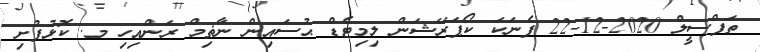
ތަފްސީލް 2020-12-22 ފެނަކަ ކޯޕަރޭޝަން ލިމިޓެޑް ޙުސައިން ނާޡިމް ރަންއިހި މ. ކޮޅުފުށި